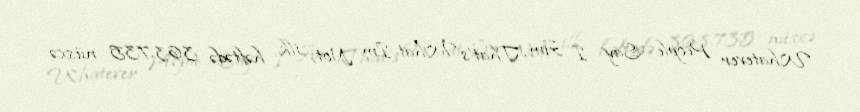
Whatever People Say I Am, That's What I'm Not, ilk həftədə 363.735 nüsxə